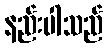
နည်းပါသည်